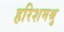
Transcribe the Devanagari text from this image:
हरिशमश्रु